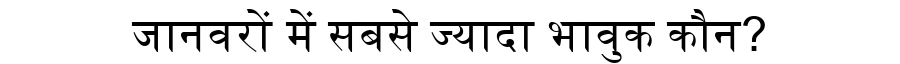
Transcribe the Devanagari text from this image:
जानवरों में सबसे ज्यादा भावुक कौन?